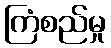
ကြံစည်မှု